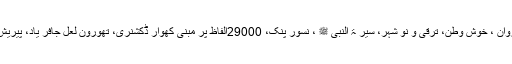
جن میں قائد اعظم کی زندگی پر مبنی میر کاروان ، خوش وطن، ترقی و نو شہر، سیر ۃ النبی ﷺ ، نسور پنک، 29000الفاظ پر مبنی کھوار ڈکشنری، تھورون لعل جافر یاد، پیریش، 1600 احادیث کا مجموعہ سر فہرست ہیں۔